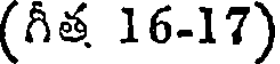
(గీత 16-17)